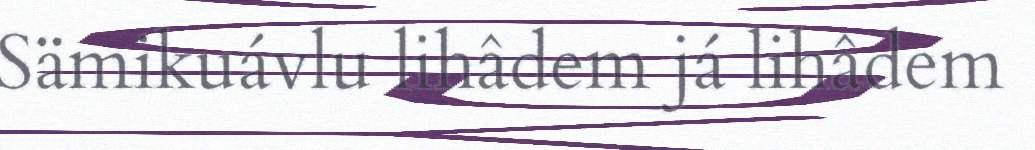
Sämikuávlu lihâdem já lihâdem